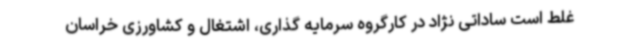
غلط است ساداتی نژاد در کارگروه سرمایه گذاری، اشتغال و کشاورزی خراسان